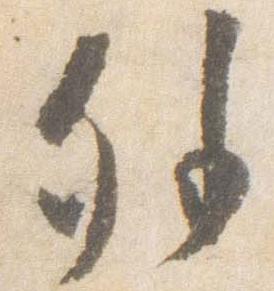
外